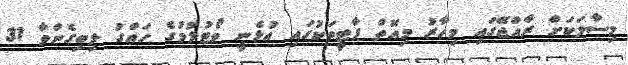
މިސާލަކަށް ރާއްޖޭގައި މިހާރު މިއޮތް ޕާޓީތަކުގައި އުޅެނީ ވޯޓުލުމުގެ ހައްގު ލިބިގެންވާ 31